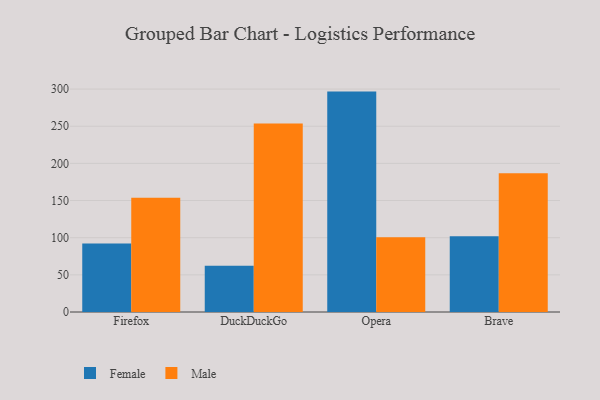
{"axis": {"x": "Browser", "y": "Conversion Rate (%)"}, "legend": ["Female", "Male"], "data": [{"x": "Firefox", "y": 92.3, "type": "Female"}, {"x": "Firefox", "y": 153.6, "type": "Male"}, {"x": "DuckDuckGo", "y": 62.4, "type": "Female"}, {"x": "DuckDuckGo", "y": 253.8, "type": "Male"}, {"x": "Opera", "y": 296.6, "type": "Female"}, {"x": "Opera", "y": 100.7, "type": "Male"}, {"x": "Brave", "y": 102.1, "type": "Female"}, {"x": "Brave", "y": 186.8, "type": "Male"}]}